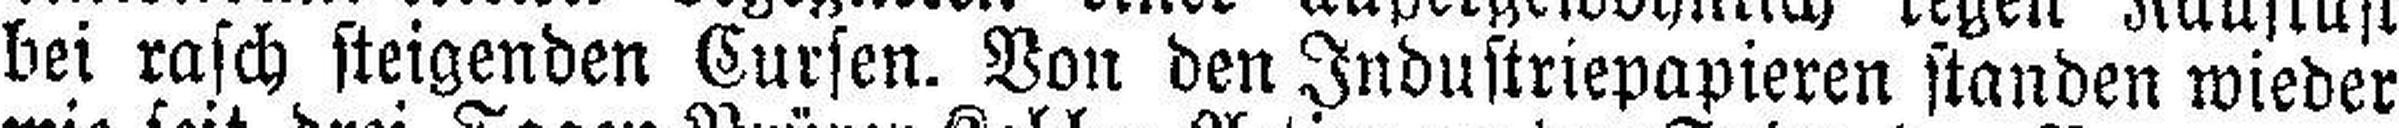
bei rasch steigenden Cursen. Von den Industriepapieren standen wieder